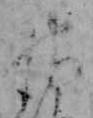
神